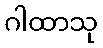
ဂါထာသု